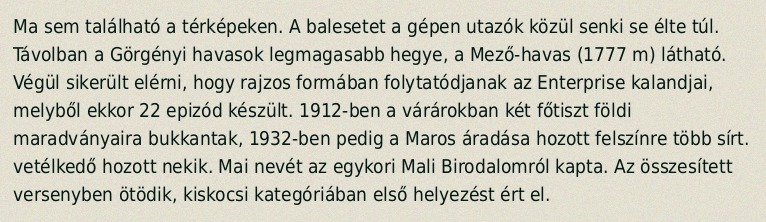
Ma sem található a térképeken. A balesetet a gépen utazók közül senki se élte túl. Távolban a Görgényi havasok legmagasabb hegye, a Mező-havas (1777 m) látható. Végül sikerült elérni, hogy rajzos formában folytatódjanak az Enterprise kalandjai, melyből ekkor 22 epizód készült. 1912-ben a várárokban két főtiszt földi maradványaira bukkantak, 1932-ben pedig a Maros áradása hozott felszínre több sírt. vetélkedő hozott nekik. Mai nevét az egykori Mali Birodalomról kapta. Az összesített versenyben ötödik, kiskocsi kategóriában első helyezést ért el.